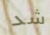
شد